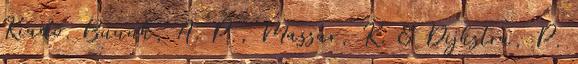
Kiadó. Buunk, A. P., Massar, K. & Dijkstra, P.